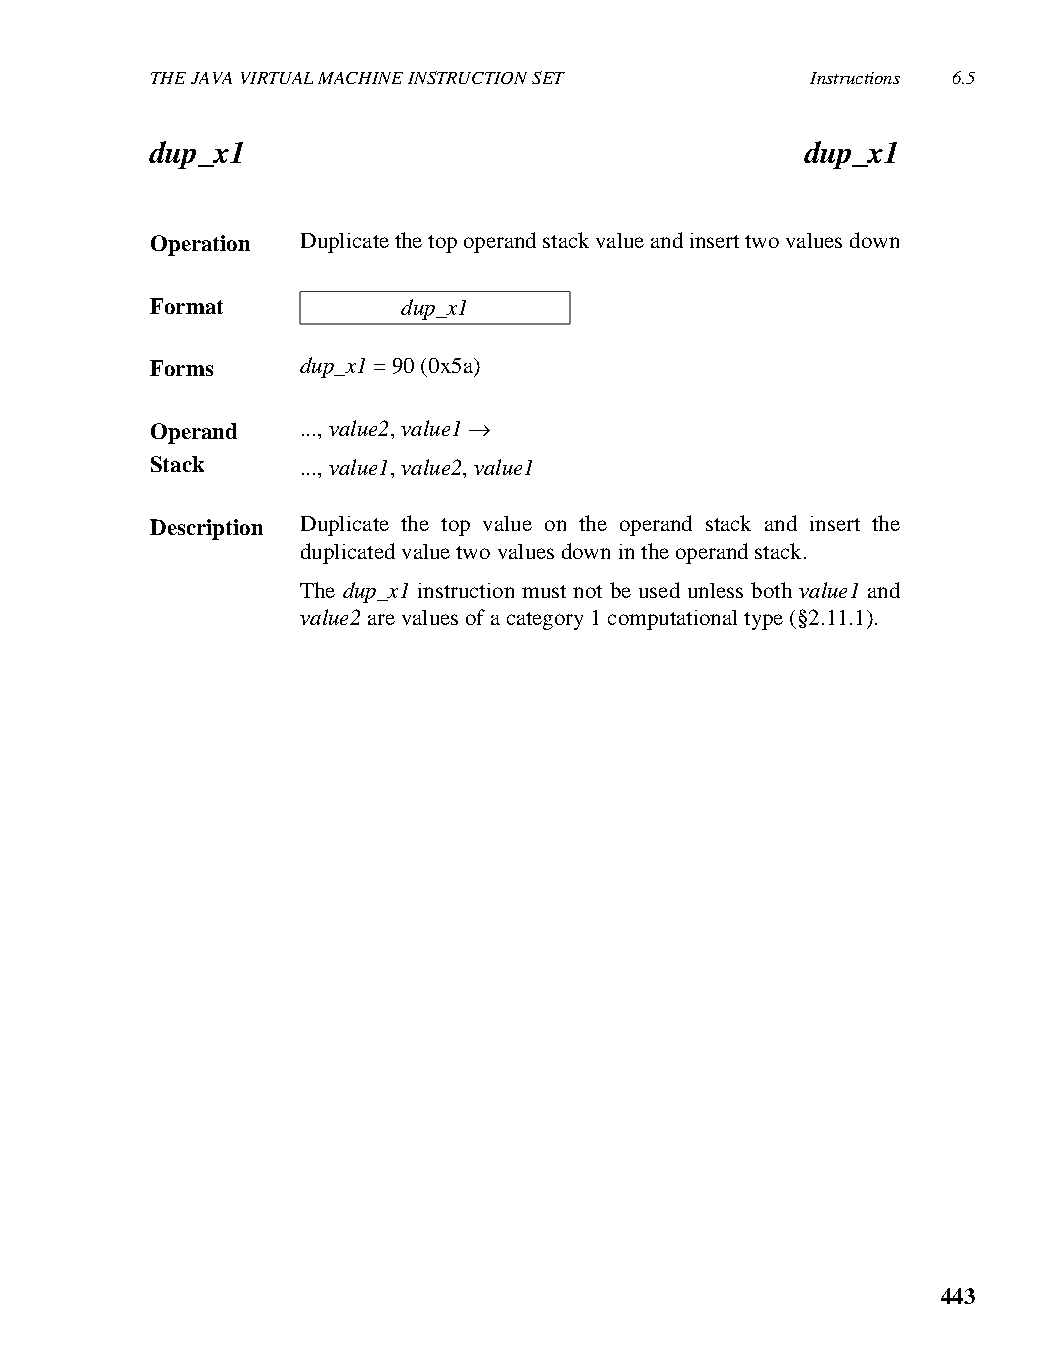
THE JAVA VIRTUAL MACHINE INSTRUCTION SET    Instructions 6.5
 dup_x1                                     dup_x1
 Operation Duplicate the top operand stack value and insert two values down
 Format           dup_x1
 Forms     dup_x1 = 90 (0x5a)
 Operand   ..., value2, value1 →
 Stack     ..., value1, value2, value1
 Description Duplicate the top value on the operand stack and insert the
 duplicated value two values down in the operand stack.
 The dup_x1 instruction must not be used unless both value1 and
 value2 are values of a category 1 computational type (§2.11.1).
 443